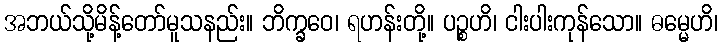
အဘယ်သို့မိန့်တော်မူသနည်း။ ဘိက္ခဝေ၊ ရဟန်းတို့။ ပဉ္စဟိ၊ ငါးပါးကုန်သော။ ဓမ္မေဟိ၊